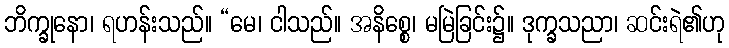
ဘိက္ခုနော၊ ရဟန်းသည်။ “မေ၊ ငါသည်။ အနိစ္စေ၊ မမြဲခြင်း၌။ ဒုက္ခသညာ၊ ဆင်းရဲ၏ဟု